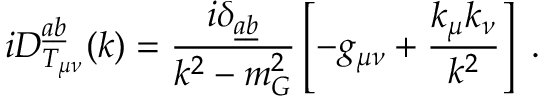
i D _ { T _ { \mu \nu } } ^ { \underline { { { a } } } \underline { { { b } } } } ( k ) = \frac { i \delta _ { \underline { { { a } } } \underline { { { b } } } } } { k ^ { 2 } - m _ { G } ^ { 2 } } \left[ - g _ { \mu \nu } + \frac { k _ { \mu } k _ { \nu } } { k ^ { 2 } } \right] \; .